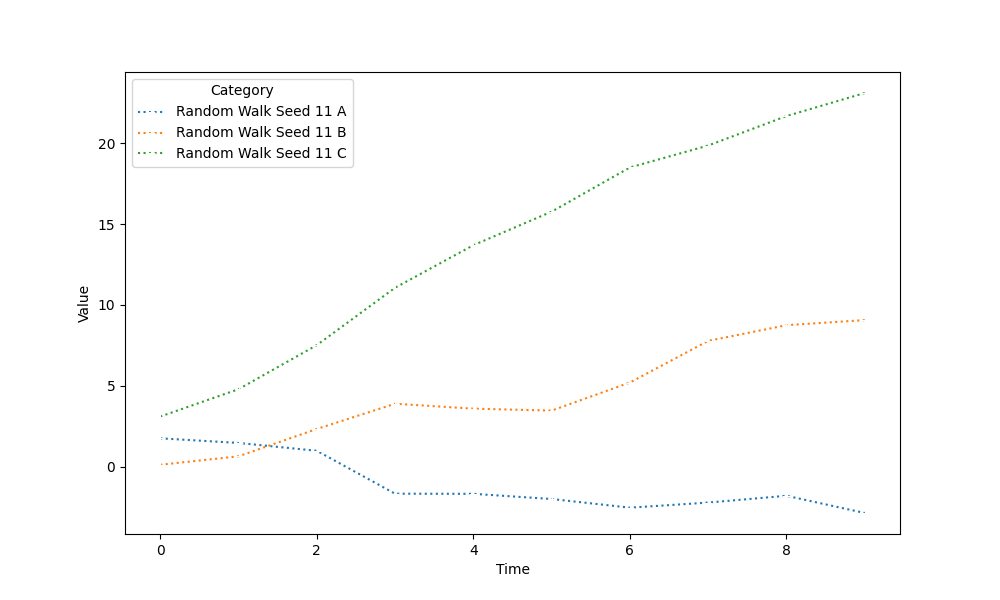
python, seaborn, lineplot, style='dotted', marker='+'